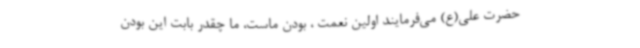
حضرت علی(ع) می‌فرمایند اولین نعمت ، بودن ماست، ما چقدر بابت این بودن